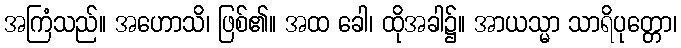
အကြံသည်။ အဟောသိ၊ ဖြစ်၏။ အထ ခေါ၊ ထိုအခါ၌။ အာယသ္မာ သာရိပုတ္တော၊